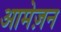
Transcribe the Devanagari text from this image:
आमेज़न